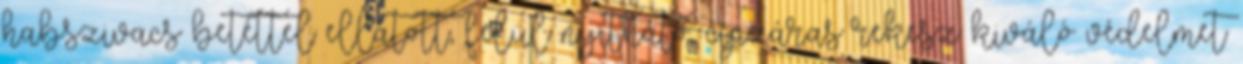
habszivacs betéttel ellátott, felül nyitható, cipzáras rekesz kiváló védelmet